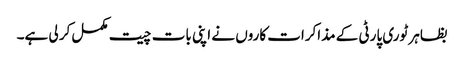
بظاہر ٹوری پارٹی کے مذاکرات کاروں نے اپنی بات چیت مکمل کر لی ہے۔